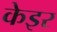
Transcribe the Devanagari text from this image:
केइर